Report on vaccination in Madras 1904-1921 - 1904-1921
Year: 1904
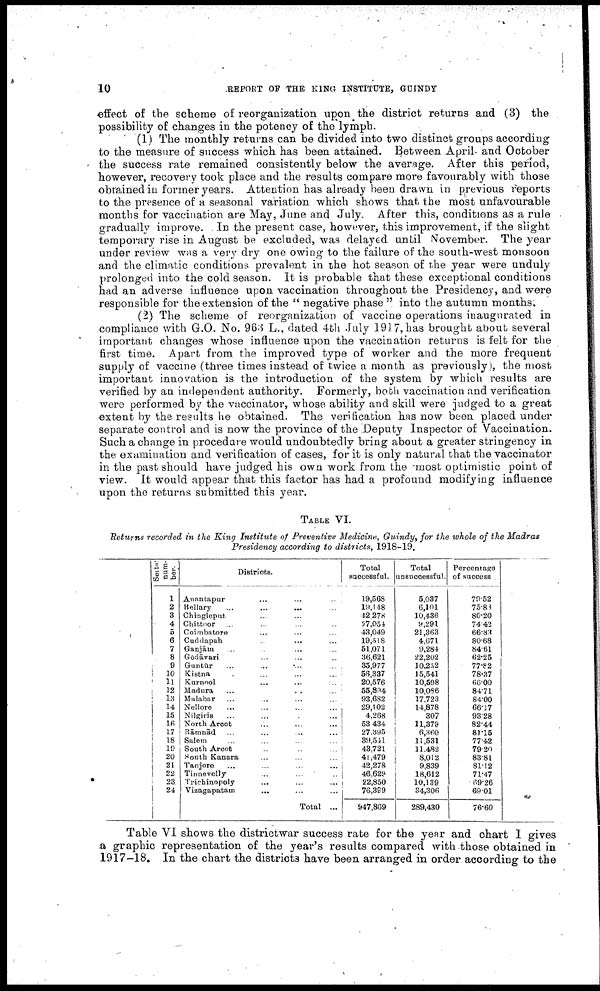
10
REPORT OF THE KING INSTITUTE, GUINDY
effect of the scheme of reorganization upon the district returns and (3) the
possibility of changes in the potency of the lymph.
(1) The monthly returns can be divided into two distinct groups according
to the measure of success which has been attained. Between April and October
the success rate remained consistently below the average. After this period,
however, recovery took place and the results compare more favourably with those
obtained in former years. Attention has already been drawn in previous reports
to the presence of a seasonal variation which shows that the most unfavourable
months for vaccination are May, June and July. After this, conditions as a rule
gradually improve. In the present case, however, this improvement, if the slight
temporary rise in August be excluded, was delayed until November. The year
under review was a very dry one owing to the failure of the south-west monsoon
and the climatic conditions prevalent in the hot season of the year were unduly
prolonged into the cold season. It is probable that these exceptional conditions
had an adverse influence upon vaccination throughout the Presidency, and were
responsible for the extension of the " negative phase " into the autumn months.
(2) The scheme of reorganization of vaccine operations inaugurated in
compliance with G.O. No. 963 L., dated 4th July 1917,has brought about several
important changes whose influence upon the vaccination returns is felt for the
first time. Apart from the improved type of worker and the more frequent
supply of vaccine (three times instead of twice a month as previously), the most
important innovation is the introduction of the system by which results are
verified by an independent authority. Formerly, both vaccination and verification
were performed by the vaccinator, whose ability and skill were judged to a great
extent by the results he obtained. The verification has now been placed under
separate control and is now the province of the Deputy Inspector of Vaccination.
Such a change in procedure would undoubtedly bring about a greater stringency in
the examination and verification of cases, for it is only natural that the vaccinator
in the past should have judged his own work from the most optimistic point of
view. It would appear that this factor has had a profound modifying influence
upon the returns submitted this year.
TABLE VI.
Returns recorded in the King Institute of Preventive Medicine., Guindy, for the whole of the Madras
Presidency according to districts, 1918-19.
Serial¬
num
ber.
1
2
3
4
5
6
7
8
9
10
11
12
13
14
15
16
17
18
19
20
21
22
23
24
Districts.
Anantapur ... ... ...
Bellary ... ... ... ...
Chingleput ... ... ...
Chittoor ... ... ... ...
Coimbatore ... ... ...
Cuddapah ... ... ...
Ganjām ... ... ... ...
Gōdāvari ... ... ... ...
Guntur ... ... ... ...
Kistria ... ... ... ...
Kurnool ... ... ... ...
Madura ... ... ... ...
Malabar ... ... ... ...
Nellore ... ... ... ...
Nilgiris ... ... ... ...
North Arcot ... ... ...
Rāmnād ... ... ... ...
Salem ... ... ... ...
South Arcot ... ... ...
South Kanara ... ... ...
Tanjore ... ... ... ...
Tinuevelly ... ... ...
Trichinopoly ... ... ...
Vizagapatam ... ... ...
Total ...
Total
successful.
19,568
19,148
42278
57,054,
43,049
19,518
51,071
36,621
35,977
56,337
20,576
55,894
93,682
29,102
4,268
53,434
27,395
39,541
43,721
41,479
42,278
46,629
22,850
76,399
947,809
Total
unsuccessful.
5,037
6,101
10,436
9,291
21,363
4,671
9,284
22,202
10,252
15,541
10,598
10,086
17,723
14,878
307
11,379
6,360
11,531
11,482
8,012
9,839
18,612
10,139
34,306
289,430
Percentage
of success .
79.52
75.83
80.20
74.42
66.83
80.68
84.61
62.25
77.82
78.37
66.00
84.71
84.00
66.17
93.28
82.44
81.15
77.42
79.20
83.81
81.12
71.47
69.26
69.01
76.60
Table VI shows the districtwar success rate for the year and chart I gives
a graphic representation of the year's results compared with those obtained in
1917-18. In the chart the districts have been arranged in order according to the